Civil Veterinary Department. Madras. Admin. report 1926-33 - 1926-1933
Year: 1926
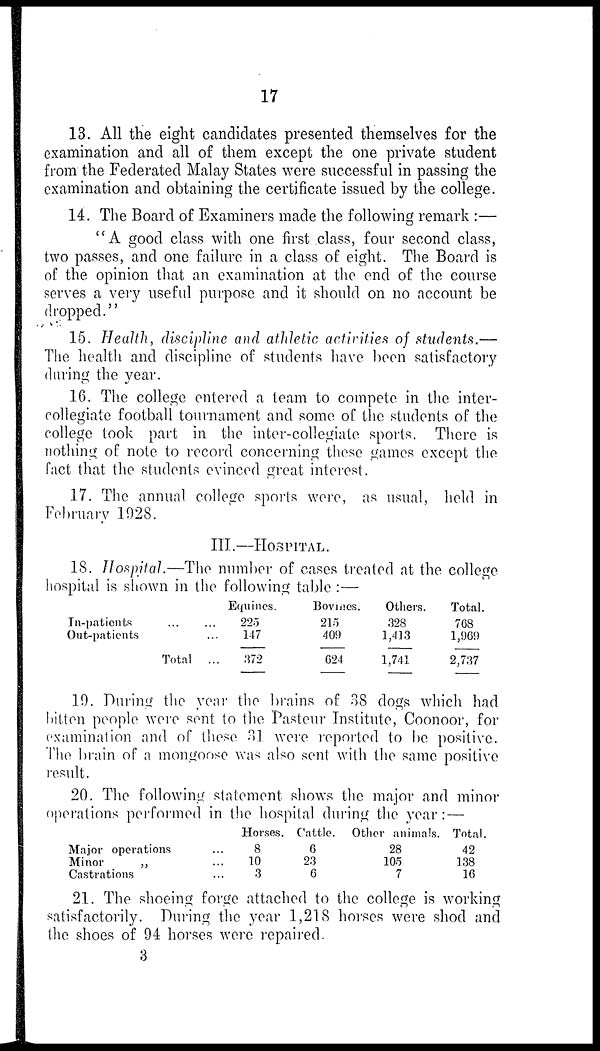
17
13. All the eight candidates presented themselves for the
examination and all of them except the one private student
from the Federated Malay States were successful in passing the
examination and obtaining the certificate issued by the college.
14. The Board of Examiners made the following remark :—
"A good class with one first class, four second class,
two passes, and one failure in a class of eight. The Board is
of the opinion that an examination at the end of the course
serves a very useful purpose and it should on no account be
dropped."
15. Health, discipline and athletic activities of students.—
The health and discipline of students have been satisfactory
during the year.
16. The college entered a team to compete in the inter-
collegiate football tournament and some of the students of the
college took part in the inter-collegiate sports. There is
nothing of note to record concerning these games except the
fact that the students evinced great interest.
17. The annual college sports were, as usual, held in
February 1928.
III.—HOSPITAL.
18. Hospital.—The number of cases treated at the college
hospital is shown in the following table:—
In-patients
... ...
Out-patients
...
Total ...
Equines.
225
147
372
Bovines.
215
409
024
Others.
328
1,413
1,741
Total.
768
1,969
2,737
19. During the year the brains of 38 dogs which had
bilten people were sent to the Pasteur Institute, Coonoor, for
examination and of these 31 were reported to be positive.
The brain of a mongoose was also sent with the same positive
result.
20. The following statement shows the major and minor
operations performed in the hospital during the year:—
Major operations
Minor
„
Castrations
Horses.
... 8
... 10
... 3
Cattle.
6
23
6
Other animals.
28
105
7
Total.
42
138
16
21. The shoeing forge attached to the college is working
satisfactorily. During the year 1,218 horses were shod and
the shoes of 94 horses were repaired.
3